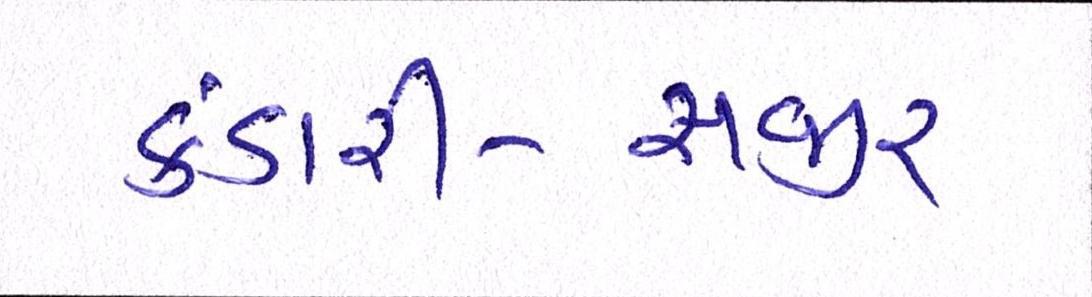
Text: કંડારી-સજીર્